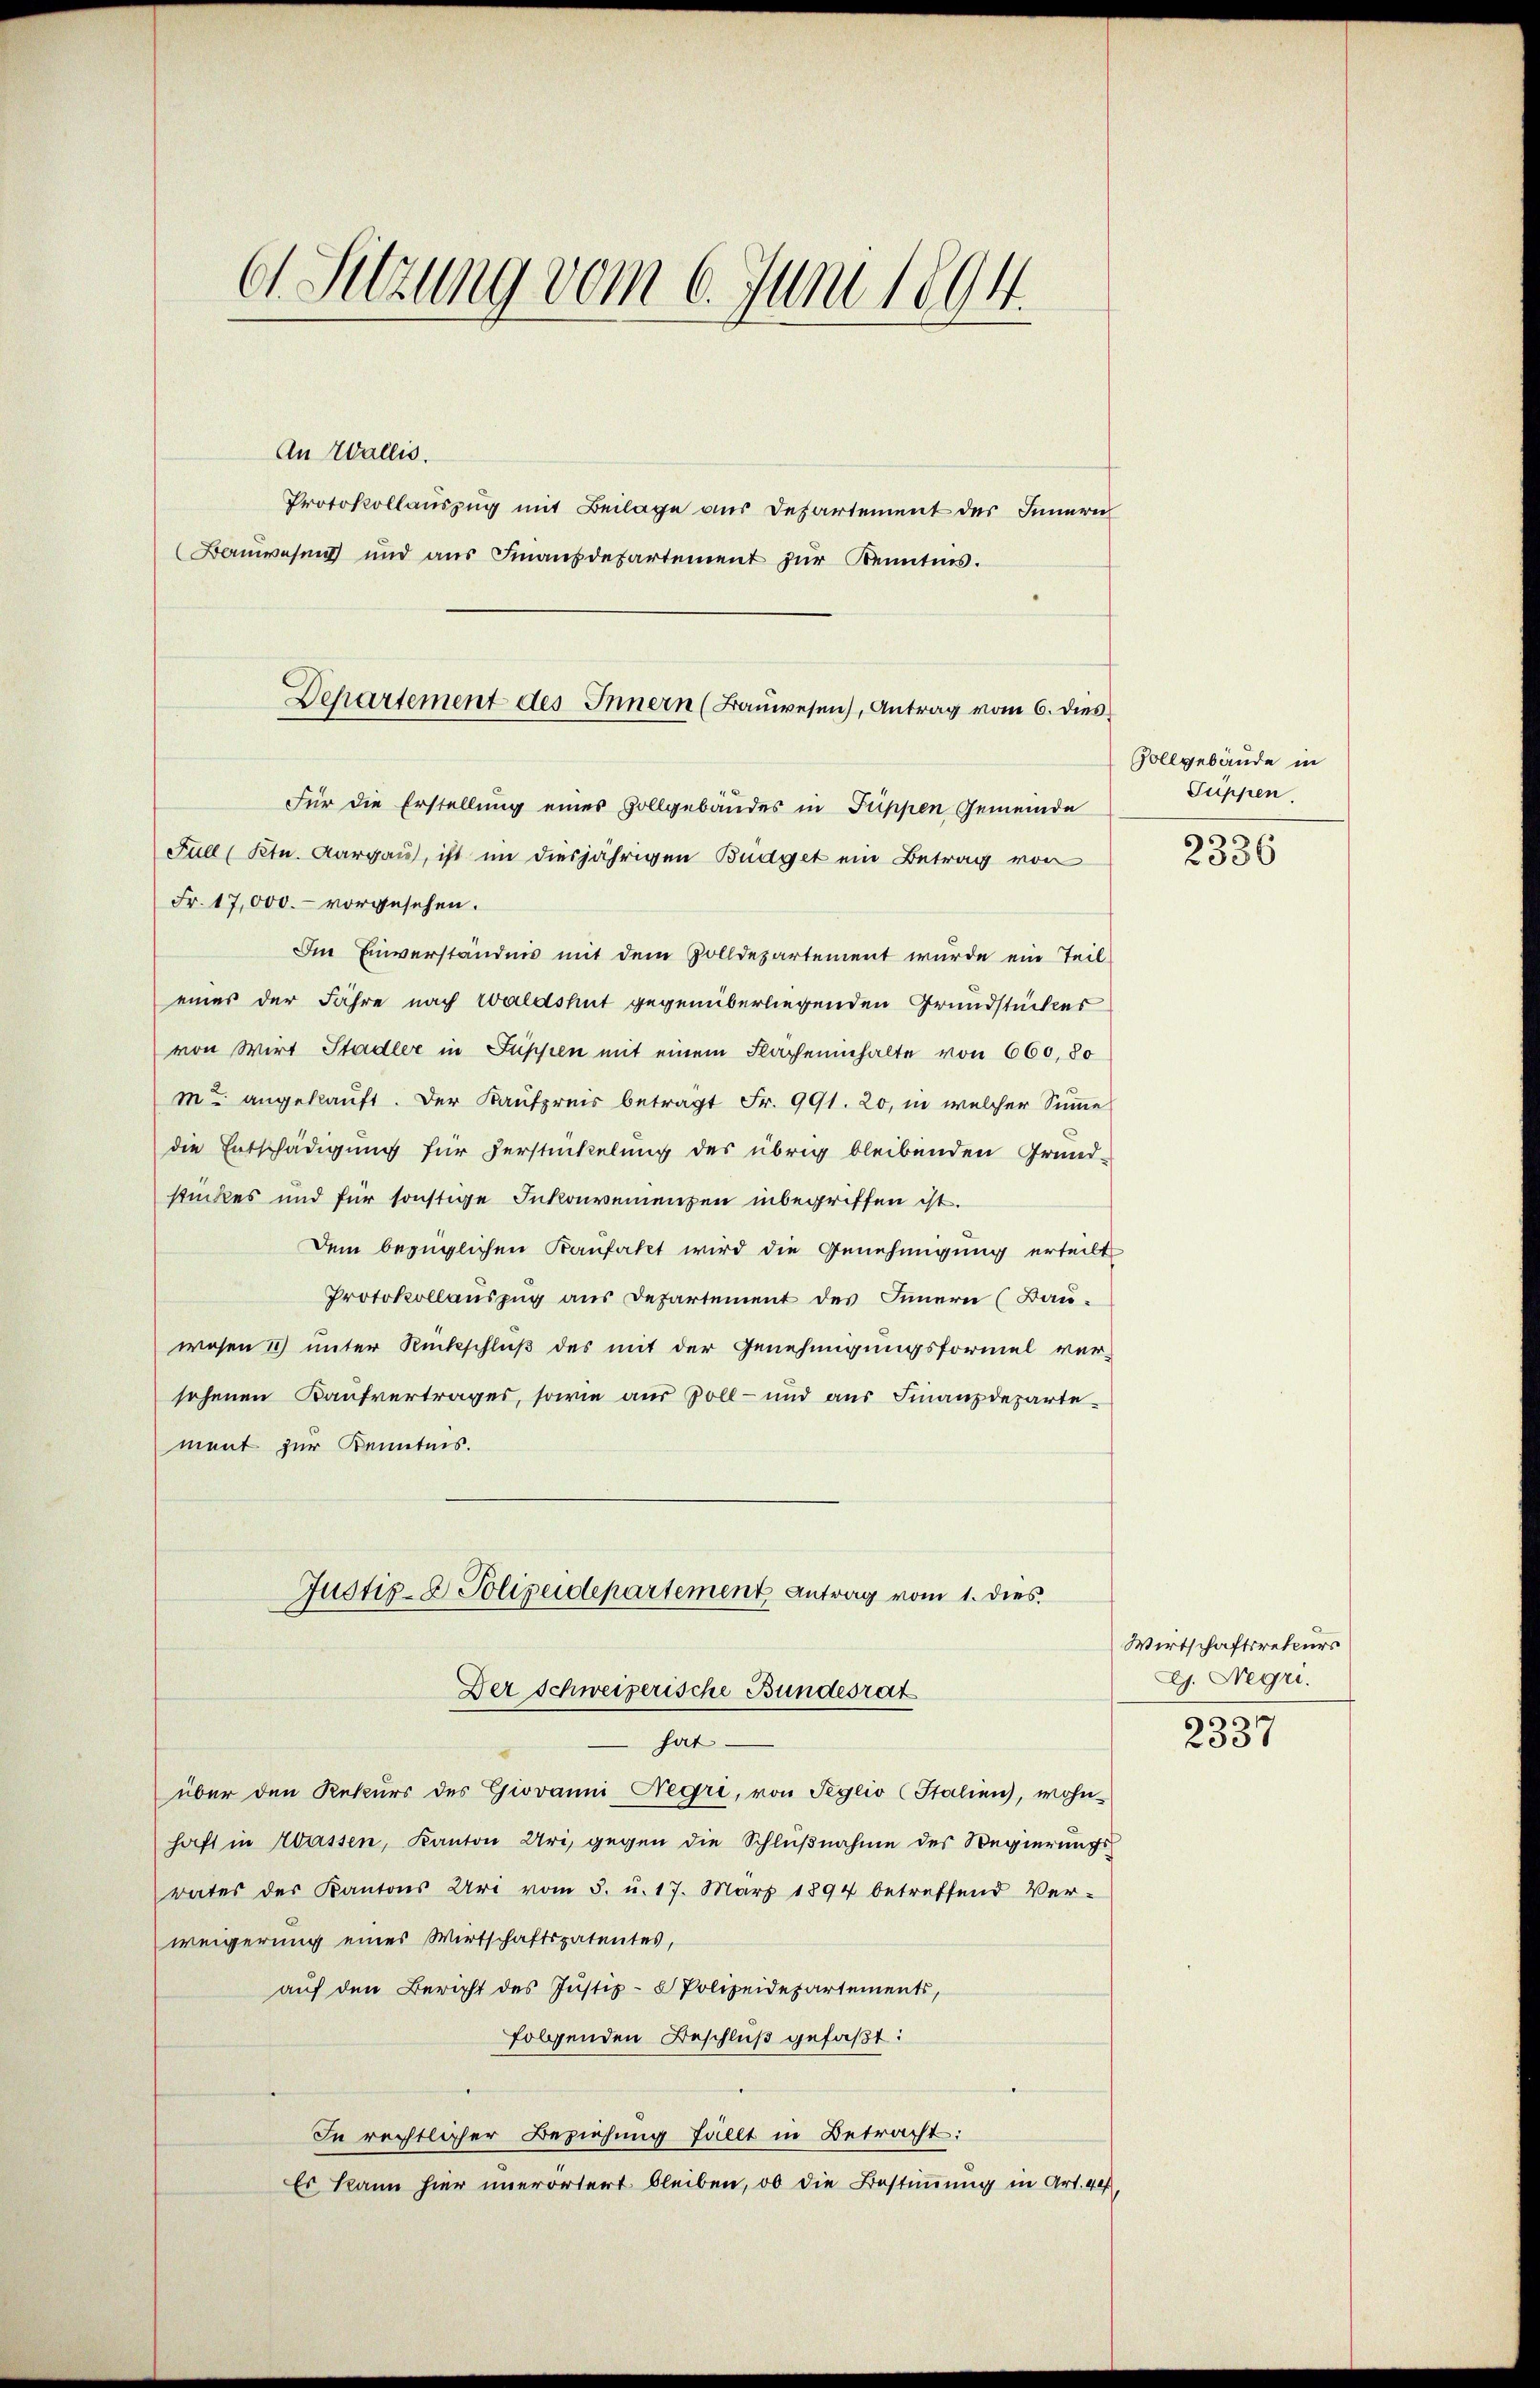
o Sitzung vom 6. Juni 1894.

An Wallis.
Protokollauszug mit Beilage aus Departement des Innern
Bauwesen und aus Finanzdepartement zur Kenntnis.
Für die Erstellung eines Zollgebäudes in Puppen Gemeinde
Füll (Ktn. Aargau, ist im diesjährigen Budget ein Betrag von
Fr. 17,000.- vorgesehen.
Im Einverständnis mit dem Zolldepartement wurde ein Teil
eines der Jahre nach Waldshut gegenüberliegenden Grundstückes
von Wirt Stadler in Suppen mit einem Flächeninhalte von 660, 80
m angekauft. Der Kaufpreis beträgt Fr. 991. 20, in welcher Sinne
die Entschädigung für Zerstückelung des übrig bleibenden Grund-
stückes und für sonstige Inkonvenienzen inbegriffen ist.
dem bezüglichen Kaufaket wird die Genehmigung erteilt
Protokollauszug aus Departement des Innern (Bauwesen 1) unter Rückschluß des mit der Genehmigungsformel versehenen Kaufvertrages, sowie aus Zoll- und aus Finanzdepartement zur Kenntnis.
Justiz- & Polizeidepartement Antrag vom 1. dies
Der Schweizerische Bundesrat
hat.
über den Rekurs des Giovanni-Negre, von Seglio (Stalien), wohnhaft in Wassen, Kanton Uri, gegen die Schlußnahme des Regierungsrates des Kantons Uri vom 5. u. 17. März 1894 betreffend Ver-
weigerung eines Wirtschaftspatentes,
auf den Bericht des Justiz- & Polizeidepartements,
folgenden Beschluß gefaßt:
In rechtlicher Beziehung fällt in Betracht:
Es kann hier unerörtert bleiben, ob die Bestimmung in Art. 407,

Departement des Innern (Bauwesen), Antrag vom 6. dies

Gollgebäude in
Suppen.
s

2336

Wirtschaftsrekurs
G. Negri
d

230